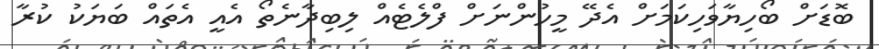
ބޮޑަށް ބޯހިޔާވަހިކަމަށް އެދޭ މީހުންނަށް ފްލެޓެއް ލިބިދާނެތޯ އެއީ އެތައް ބަޔަކު ކުރާ